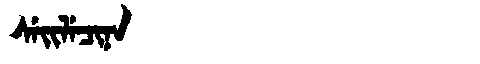
Manchu: ᠰᡝᡳᠯᡝᠴᡳᠨᠠ
Romanization: SEILECINA